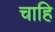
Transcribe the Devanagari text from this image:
चाहि